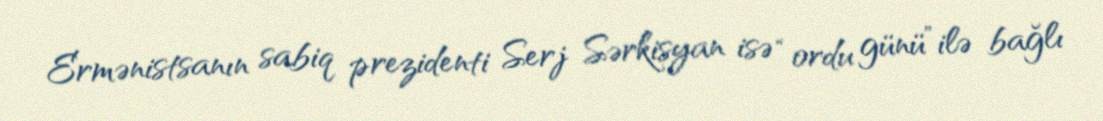
Ermənistsanın sabiq prezidenti Serj Sərkisyan isə “ordu günü”ilə bağlı